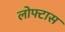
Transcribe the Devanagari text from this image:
लोफ्टास